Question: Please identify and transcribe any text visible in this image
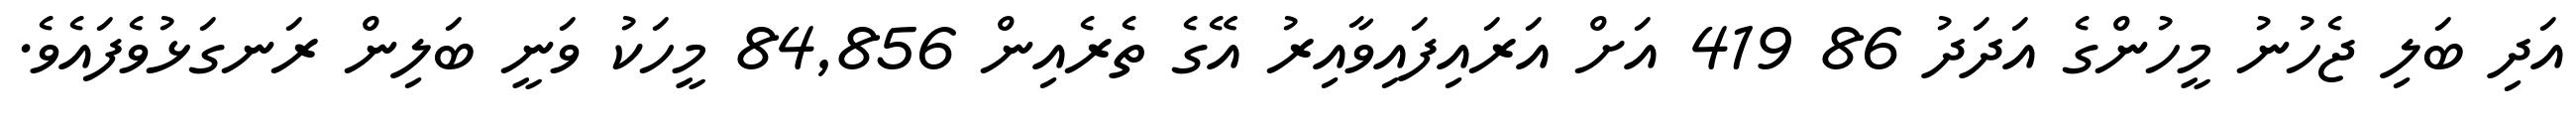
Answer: އަދި ބަލި ޖެހުނު މީހުންގެ އަދަދު 86 419 އަށް އަރައިފައިވާއިރު އޭގެ ތެރެއިން 84,856 މީހަކު ވަނީ ބަލިން ރަނގަޅުވެފައެވެ.